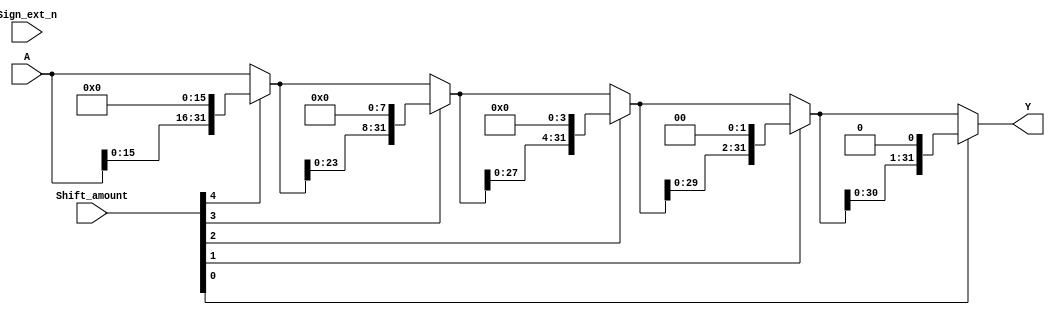
/* Logical shift using cascaded multiplexors
*/
module barrel_shifter #(parameter LEFT = 1) (
  input [31:0] A,  
  input [4:0] Shift_amount,
  input Sign_ext_n,
  output [31:0] Y
  );

wire [31:0] l1_out, l2_out, l3_out, l4_out, l5_out; 
wire [15:0] l1_sign;
wire [7:0] l2_sign;
wire [3:0] l3_sign;
wire [1:0] l4_sign;
wire l5_sign;

generate

  if(LEFT == 1) begin
    assign l1_out = (Shift_amount[4]) ? {A[15:0],16'b0}     : A[31:0];      //shift left 16
    assign l2_out = (Shift_amount[3]) ? {l1_out[23:0],8'b0} : l1_out[31:0]; //shift left 8
    assign l3_out = (Shift_amount[2]) ? {l2_out[27:0],4'b0} : l2_out[31:0]; //shift left 4
    assign l4_out = (Shift_amount[1]) ? {l3_out[29:0],2'b0} : l3_out[31:0]; //shift left 2
    assign l5_out = (Shift_amount[0]) ? {l4_out[30:0],1'b0} : l4_out[31:0]; //shift left 1
    assign Y = l5_out;
  end

  else begin
    //Choose if sign extension or zero padding is used (SRA vs SRL)
    assign l1_sign = (!Sign_ext_n) ? {16{A[31]}} : 16'b0;
    assign l2_sign = (!Sign_ext_n) ? {8{A[31]}}  : 8'b0;
    assign l3_sign = (!Sign_ext_n) ? {4{A[31]}}  : 4'b0;
    assign l4_sign = (!Sign_ext_n) ? {2{A[31]}}  : 2'b0;
    assign l5_sign = (!Sign_ext_n) ? A[31]       : 1'b0;
    
    assign l1_out = (Shift_amount[4]) ? {l1_sign, A[31:16]}     : A[31:0];      //shift right 16
    assign l2_out = (Shift_amount[3]) ? {l2_sign, l1_out[31:8]} : l1_out[31:0]; //shift right 8
    assign l3_out = (Shift_amount[2]) ? {l3_sign, l2_out[31:4]} : l2_out[31:0]; //shift right 4
    assign l4_out = (Shift_amount[1]) ? {l4_sign, l3_out[31:2]} : l3_out[31:0]; //shift right 2
    assign l5_out = (Shift_amount[0]) ? {l5_sign, l4_out[31:1]} : l4_out[31:0]; //shift right 1
    assign Y = l5_out;
  end  

endgenerate

endmodule